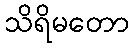
သိရိမတော